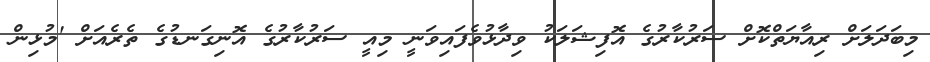
މިބަދަލަށް ރިއާޔަތްކޮށް ސަރުކާރުގެ އޮފިޝަލަކު ވިދާޅުވެފައިވަނީ މިއީ ސަރުކާރުގެ އޮނިގަނޑުގެ ތެރެއަށް 'މުޅިން